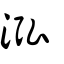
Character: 泓